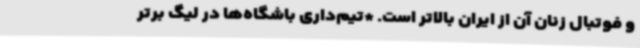
و فوتبال زنان آن از ایران بالاتر است. *تیم‌داری باشگاه‌ها در لیگ برتر